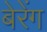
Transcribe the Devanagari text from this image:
बेरेंग